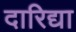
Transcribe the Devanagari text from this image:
दारिद्या